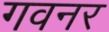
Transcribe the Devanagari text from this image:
गवनर